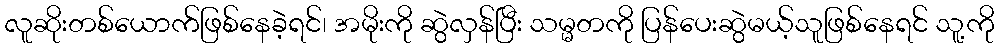
လူဆိုးတစ်ယောက်ဖြစ်နေခဲ့ရင်၊ အမိုးကို ဆွဲလှန်ပြီး သမ္မတကို ပြန်ပေးဆွဲမယ့်သူဖြစ်နေရင် သူ့ကို